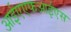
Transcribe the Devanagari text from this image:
आईएएफआईएस